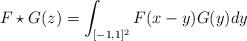
LaTeX: \begin{align*}F \star G (z) = \int_{[-1,1]^2} F(x-y)G(y) dy \end{align*}